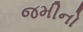
જમીનો